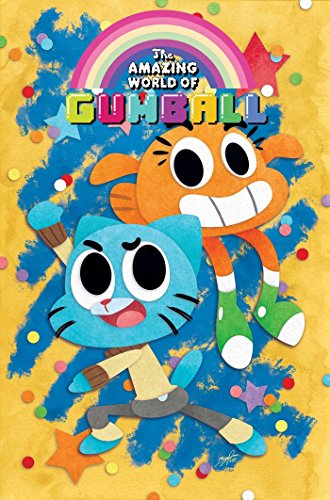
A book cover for The Amazing World of Gumball Vol. 1; Frank Gibson; Children's Books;